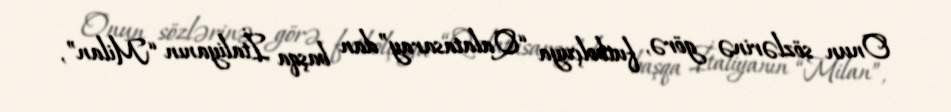
Onun sözlərinə görə, futbolçuya “Qalatasaray”dan başqa İtaliyanın “Milan”,